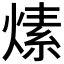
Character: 𤍊